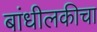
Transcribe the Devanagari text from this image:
बांधीलकीचा